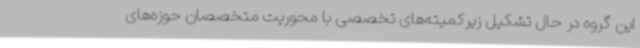
این گروه در حال تشکیل زیرکمیته‌های تخصصی با محوریت متخصصان حوزه‌های